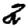
Digit: 2